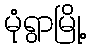
မုံရွာမြို့